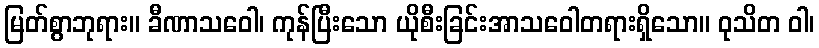
မြတ်စွာဘုရား။ ခီဏာသဝေါ၊ ကုန်ပြီးသော ယိုစီးခြင်းအာသဝေါတရားရှိသော။ ဝုသိတ ဝါ၊